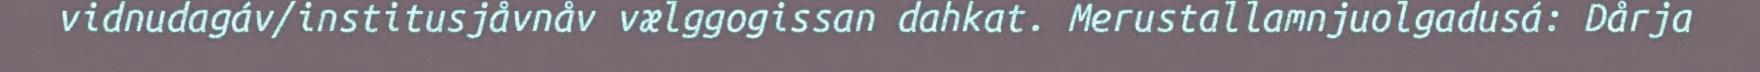
vidnudagáv/institusjåvnåv vælggogissan dahkat. Merustallamnjuolgadusá: Dårja